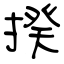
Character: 揆